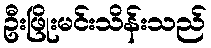
ဦးဖြိုးမင်းသိန်းသည်